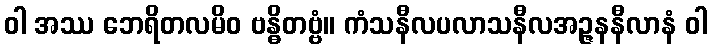
ဝါ အဿ ဘေရိတလမိဝ ဗန္ဓိတဗ္ဗံ။ ကံသနီလပလာသနီလအဉ္ဇနနီလာနံ ဝါ